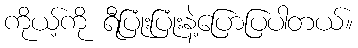
ကိုယ့်ကို ရီပြုံးပြုံးနဲ့ပြောပြပါတယ်။